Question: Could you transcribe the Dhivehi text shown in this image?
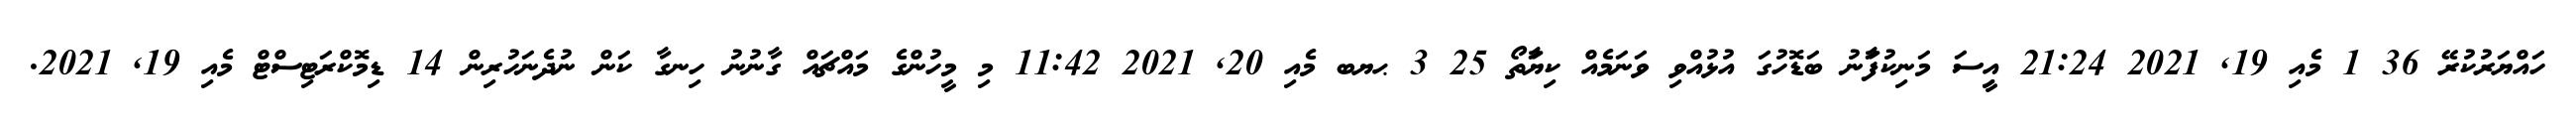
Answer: ހައްޔަރުކުރޭ 36 1 މެއި 19, 2021 21:24 އިީސަ މަނިކުފަާނު ބަޑޮހުގަ އުޅުއްވި ވަނަމެއް ކިޔަާތޯ 25 3 ޙޔބ މެއި 20, 2021 11:42 މި މީހުންގެ މައްޗައް ގާނުނު ހިނގާ ކަން ނުދެނަހުރިން 14 ޑިމޮކްރަޓިސްޓް މެއި 19, 2021.